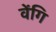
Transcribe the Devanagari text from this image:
वेंगि